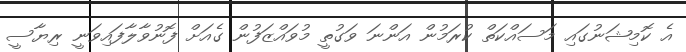
އެ ކޮމިޝަނުގައި މަސައްކަތް ކުރަމުން އަންނަ ވަގުތީ މުވައްޒަފުން ގެއަށް ފޮނުވާލާފައިވަނީ ރިޔާސީ